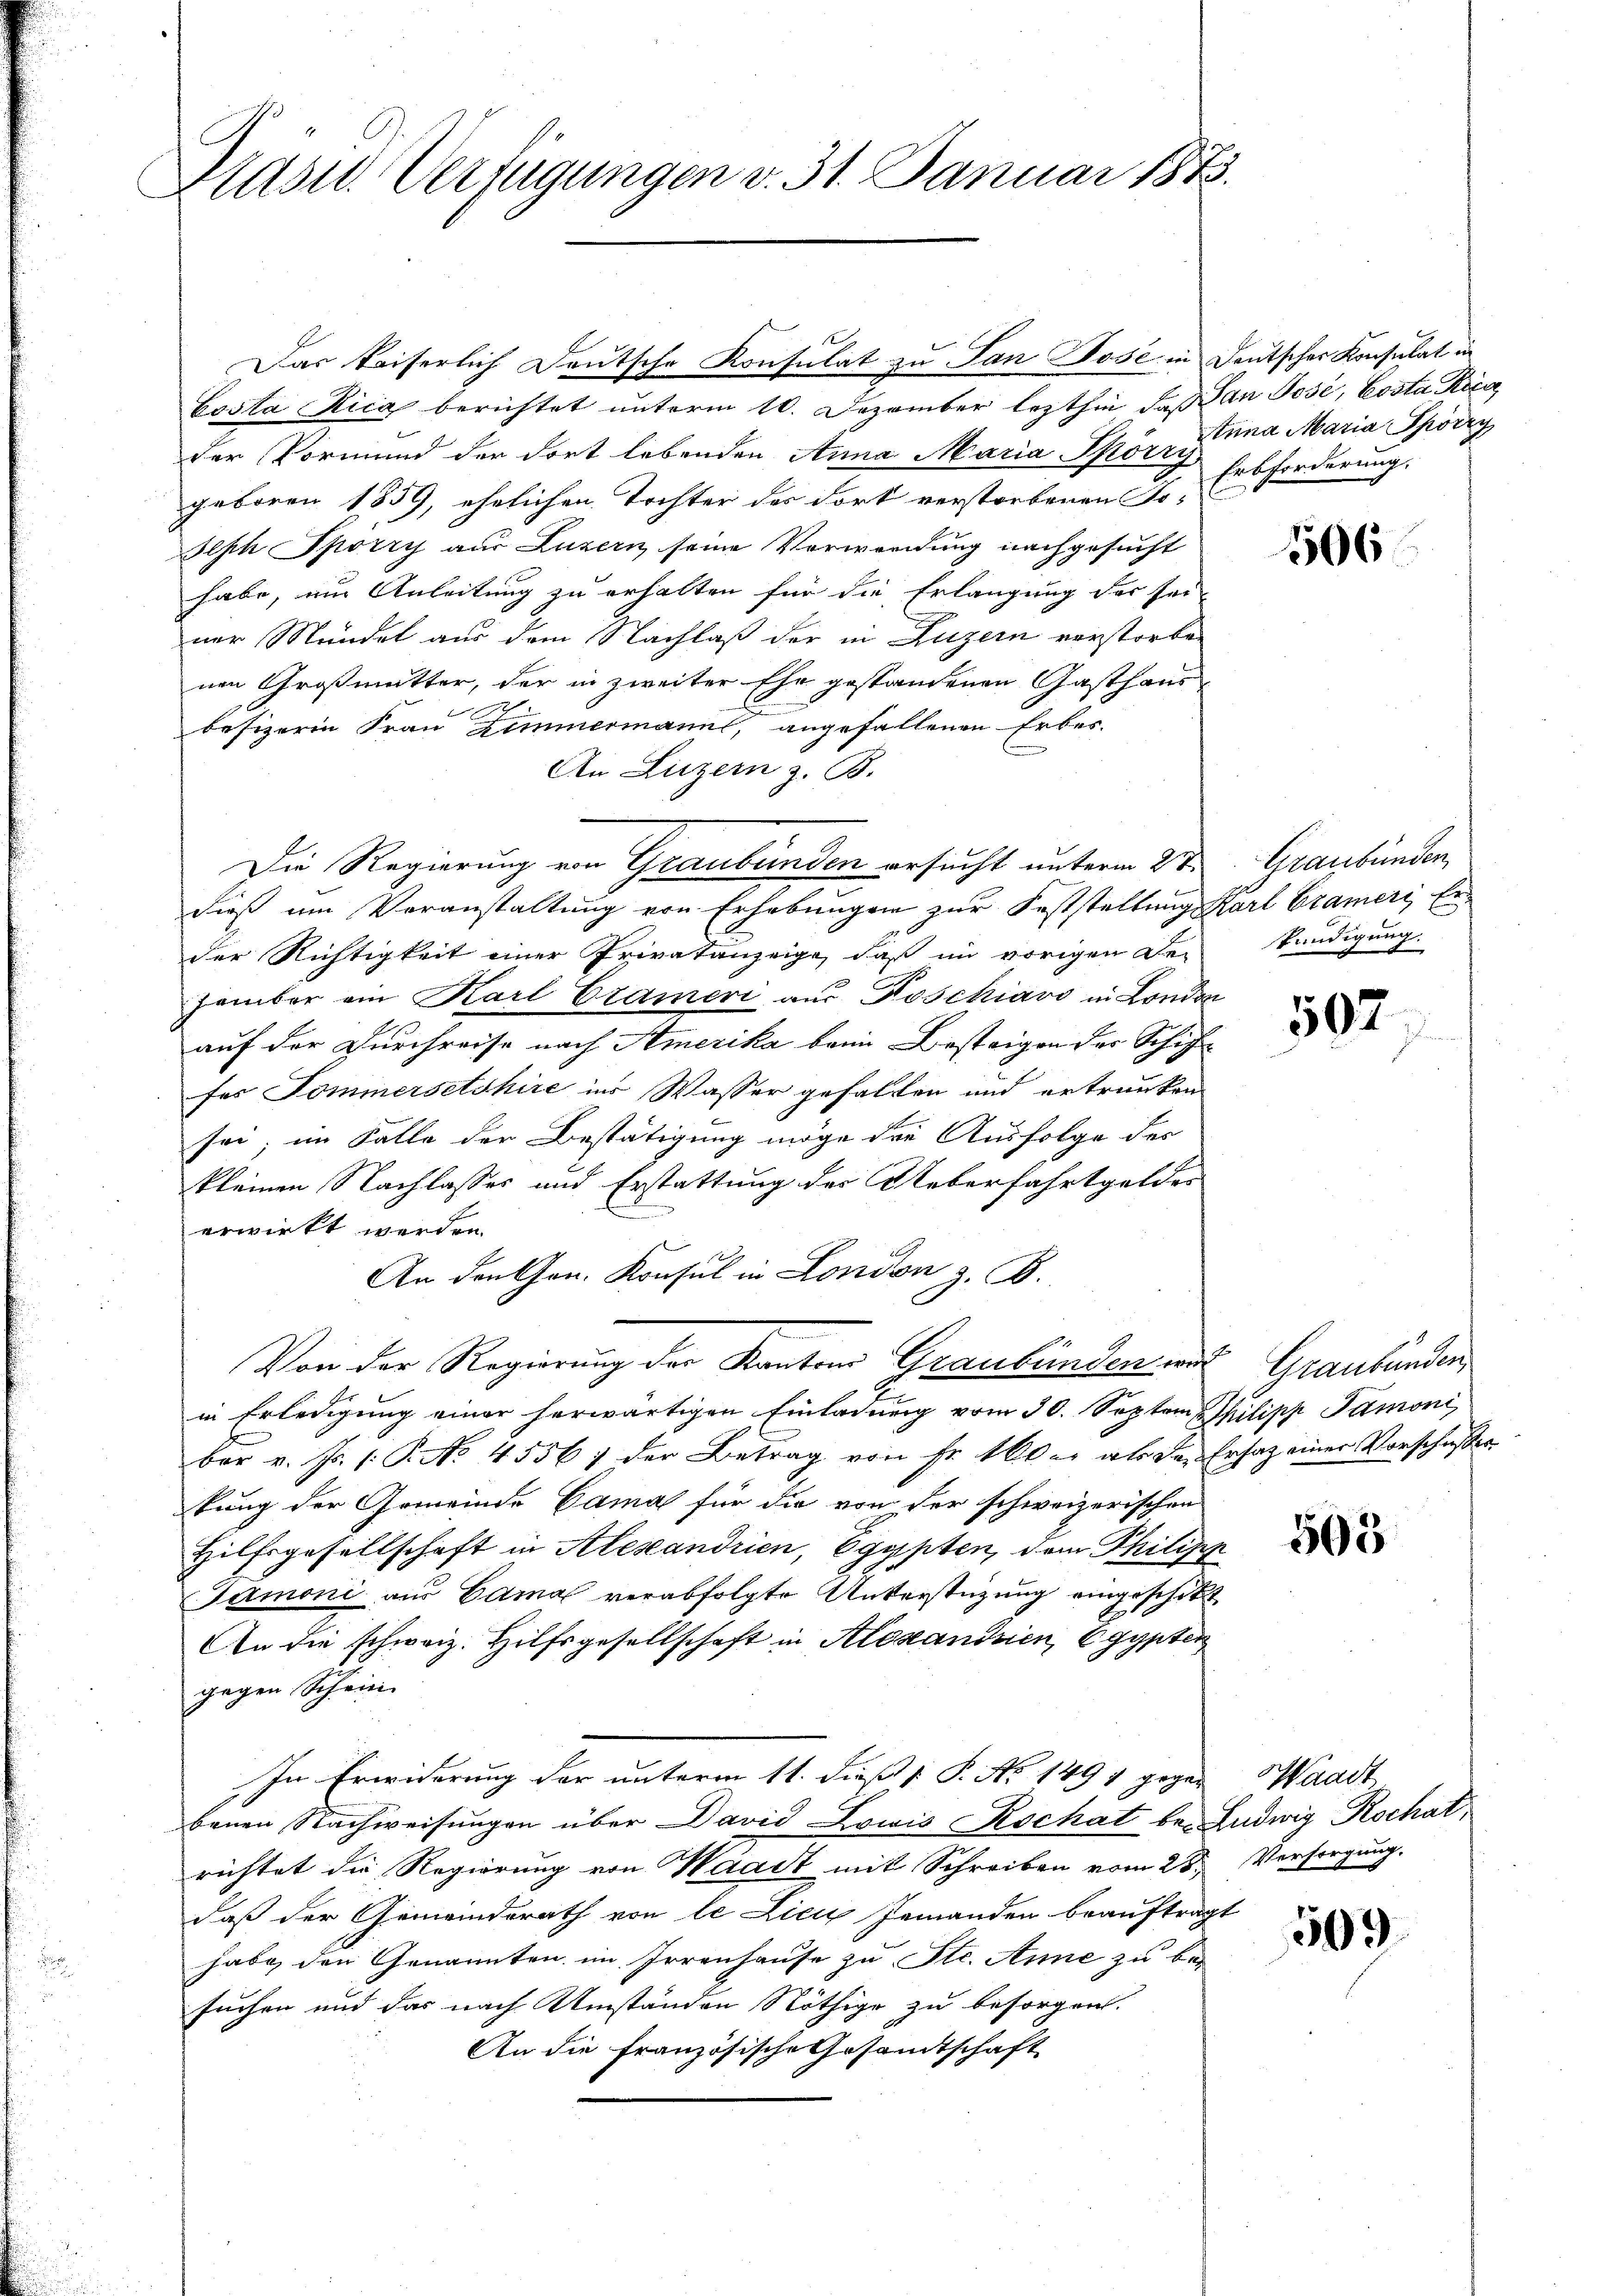
Hasu. Verfügungen v. 31. Januar 1873.

Das kaiserlich Deutsche Konsulat zu San Jose in Deutscher Konsulat in
Costa Rica berichtet unterm 10. Dezember lezthin, daß dan Josi, Costa Rica
der Vormund der dort lebenden Anna Maria Spörry Erbforderung.
geboren 1859, ehelichen Tochter des Fort verstorbenen So¬
Seph Spörry aus Luzern seine Verwendung nachgesucht
habe, um Anleitung zu erhalten für die Erlangung der sei-
ner Mündel aus dem Nachlaß der in Luzern verstorben
nen Großmutter, der in zweiter Ehe gestandenen Gasthaus
u

besizerin Frau Zimmermann, angefallenen Erbes-
An Luzern z. B.
Die Regierung von Graubünden ersucht unterm 2ten
dieß um Veranstaltung von Erhebungen zur Feststellung Karl Crameri, Erder Richtigkeit einer Privatanzeige, daß im vorigen Be-
Famber ein Karl Cramer aus Poschiavo in London
auf der Durchreise nach Amerika beim Bestrigen der Schif-
fes Sommersetshire in Wasser gehalten und ertrunken
sei; im Falle der Bestätigung möge die Ausfolge des
kleinen Nachlasses und Erstattung des Ueberfahrtgeldes
erwirkt werden.
An den Gen. Konsul in London z. B.
Von der Regierung der Kanton Graubünden mit Graubünden
in Erledigung einer herwärtigen Einladung vom 30. Septem Philipp Pamoni,
ber v. Js. (: P. No. 4556; der Betrag von Fr. 100 r. als der Ersatz einer Vorschusser
kung der Gemeinde Cama für die von der schweizerischen
Hilfsgesellschaft in Alexandrien, Egypten, dem Philisch
Tarmoni aus Canal verabfolgte Unterstützung eingeschikt
An die schweiz. Hilfsgesellschaft in Alexandrien, Egypter
gegen Schein
In Erwiderung der unterm 11. diß [ P. No. 1491 gegen Waadt
benen Nachweisungen über David Lowis Rochat be- Ludwig Rochat,
richtet die Regierung von Waadt mit Schreiben vom 25ten Versorgung.
daß der Gemeinderath von le Lici Jemanden beauftragt
habe, den Genannten im Irrenhause zu Ste. Anne zu besuchen und das nach Umständen Nöthige zu besorgen.
An die Französische Gesandtschaft

Anna Maria Spörry

506

Graubünden,
kündigung.

507

503

509